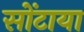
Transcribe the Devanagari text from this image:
सोंटाया